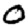
Digit: 0